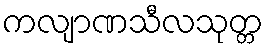
ကလျာဏသီလသုတ္တ